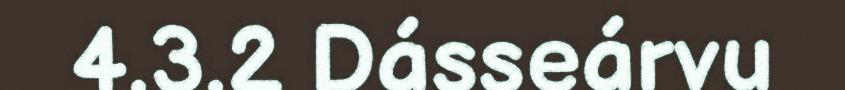
4.3.2 Dásseárvu